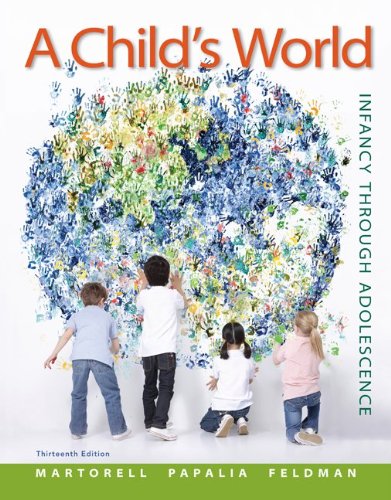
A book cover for A Child's World: Infancy Through Adolescence; Gabriela Martorell; Medical Books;